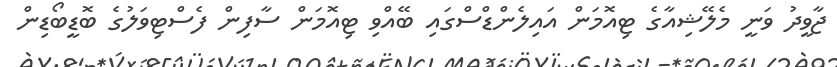
ޖާވީދު ވަނީ މެލޭޝިއާގެ ޓިއޮމަން އައިލެންޑްސްގައި ބޭއްވި ޓިއޮމަން ސާފިން ފެސްޓިވަލުގެ ބޮޑީބޯޑިން